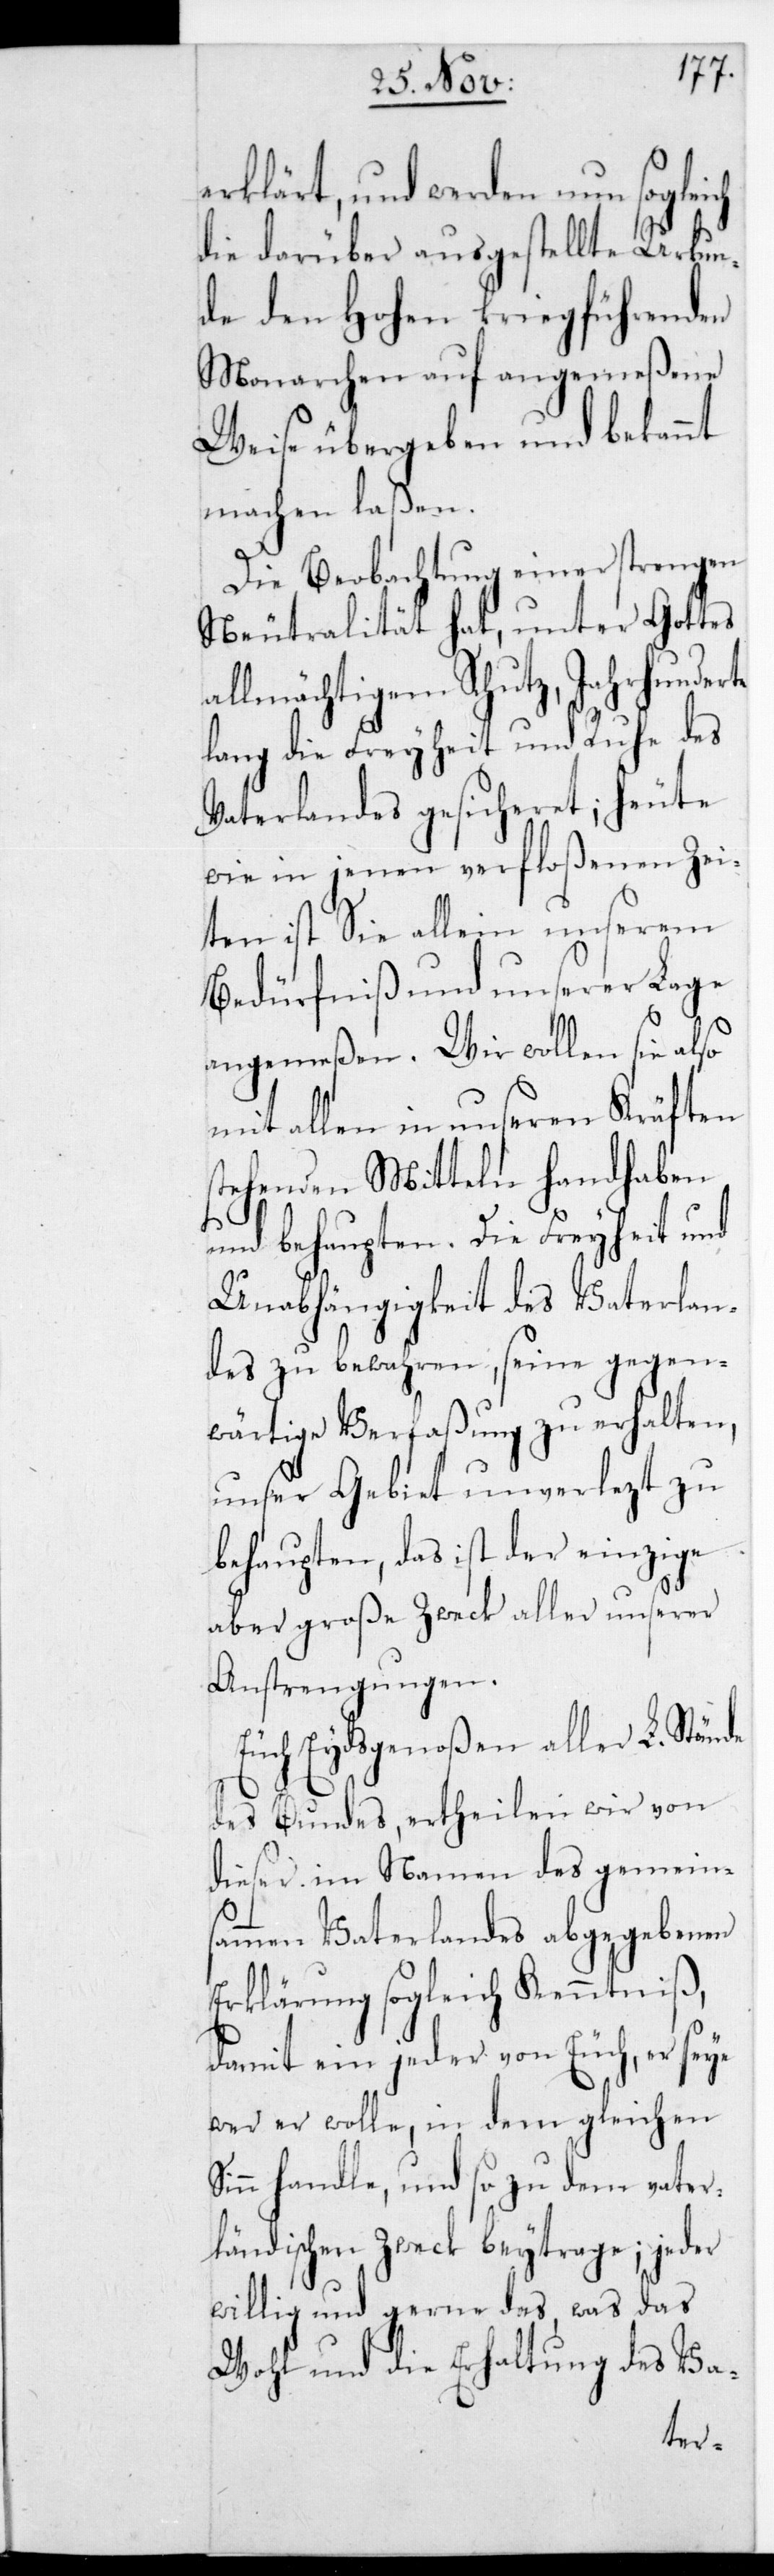
erklärt und werden
nun
die darüber ausgestellte
S¬
de den Hohen krieg¬
amm¬
Monarchen auf ange¬
Weise übergeben und
machen laßen.
Die Beobachtung einer strengen
Gottes
Neutralität hat, un¬
allmächtigem Schut¬
z,
lang die Freyheit und
Vaterlandes gesicheret; heute
wie in jenen verfloßenen Zei¬
ten ist Sie allein unserem
Bedürfniß und unserer Lage
angemeßen. Wir wollen sie also
mit allen in unseren Kräften
stehenden Mitteln handhaben
und behaupten. Die Freyheit und
Unabhängigkeit des Vaterlan¬
des zu bewahren, seine gegen¬
wärtige Verfaßung zu erhalten,
unser Gebiet unverletzt zu
behaupten, das ist der einzige
aber große Zweck aller unserer
Anstrengungen.
Euch Eydsgenoßen aller L. Stän¬
von
des Bundes, ertheilen
dieser im Namen des
en Vaterlandes abgegebenen
Erklärung sogleich Kenntniß,
damit ein jeder von Euch, er seye
was er wolle, in dem gleichen
inn handle, und so zu dem vater¬
ländischen Zweck beytrage; jeder
willig und gerne das, was das
Wohl und die Erhaltung des Va-